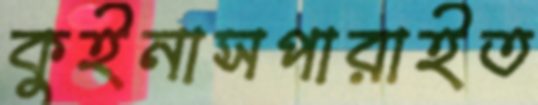
কুইনাসপারাইত